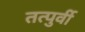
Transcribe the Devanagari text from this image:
तत्‍पुर्वी